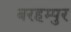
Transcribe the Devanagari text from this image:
बरहम्पुर